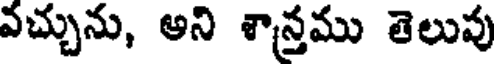
వచ్చును, అని శాన్తము తెలుపు